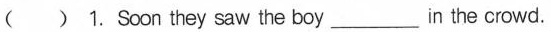
( ) 1. Soon they saw the boy ___ in the crowd.